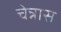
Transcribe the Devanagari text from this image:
चेन्नास